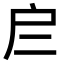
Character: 𢨧